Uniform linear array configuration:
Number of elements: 16
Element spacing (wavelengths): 0.5
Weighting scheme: hamming
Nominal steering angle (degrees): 0
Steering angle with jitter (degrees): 0.4189
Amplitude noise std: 0.05
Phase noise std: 0.05

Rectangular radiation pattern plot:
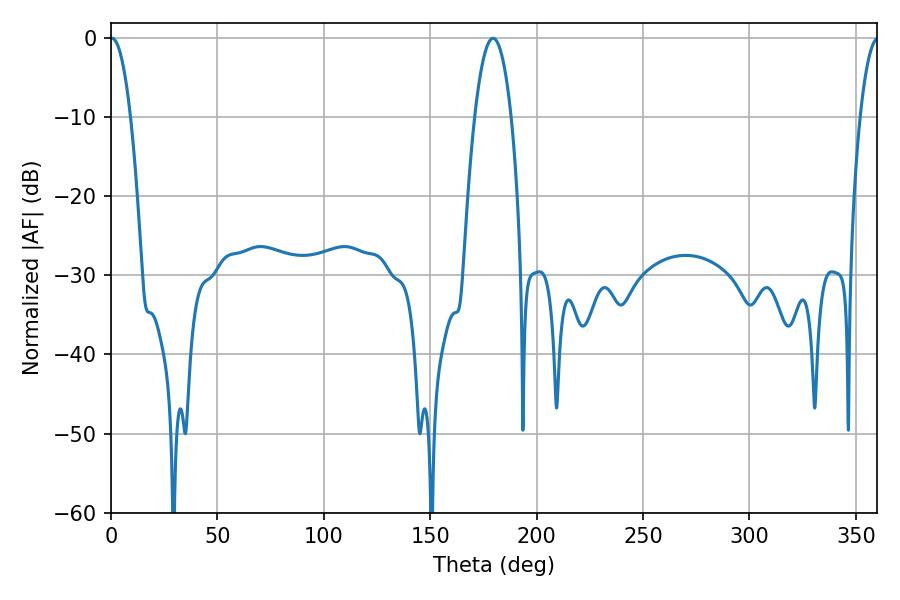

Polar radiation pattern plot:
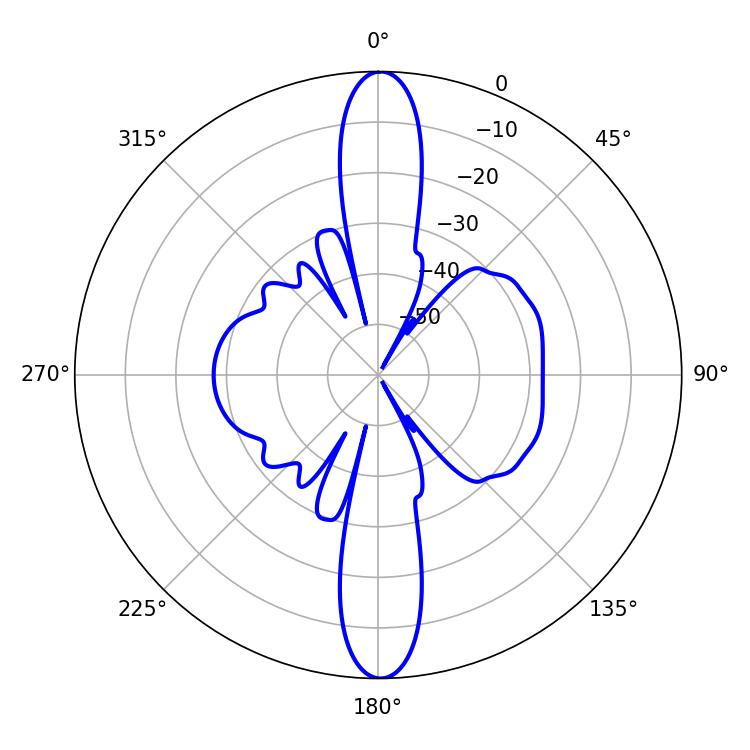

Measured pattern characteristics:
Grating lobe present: FALSE
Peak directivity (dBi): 26.517
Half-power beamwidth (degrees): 5.22
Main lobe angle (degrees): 0.54